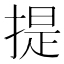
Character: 提